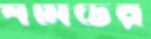
শমিটের